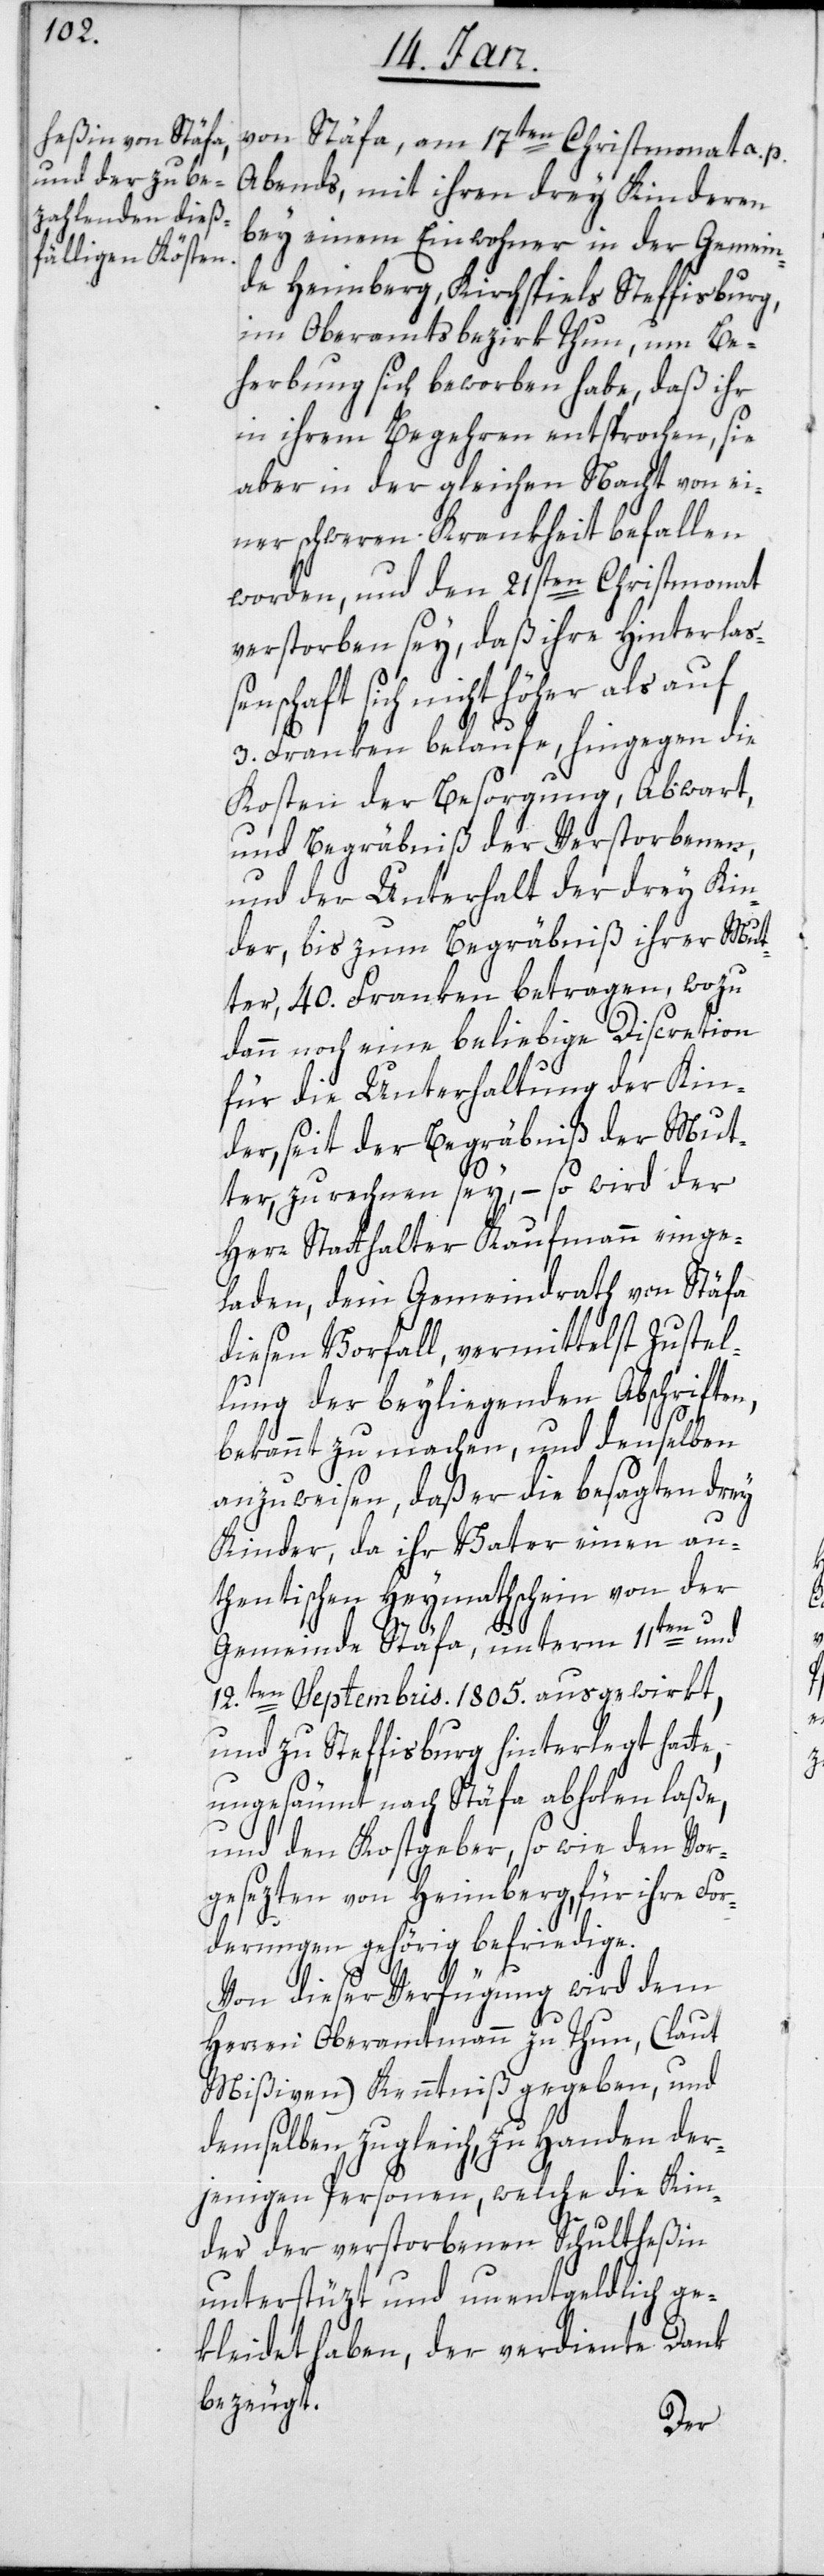
bung
von Stäfa, am 17ten Christmonat a. p.
Abends, mit ihren drey Kinderen
bey einem Einwohner in der Gemein¬
de Heimberg, Kirchspiels Steffisburg,
im Oberamtsbezirk Thun, um Be¬
in ihrem Begehren entsprochen, sie
aber in der gleichen Nacht von ei¬
ner schweren Krankheit befallen
worden, und den 21sten Christmonat
verstorben sey, daß ihre Hinterlaße¬
nschaft sich nicht höher als auf
3. Franken belaufe, hingegen die
Kosten der Besorgung, Abwart,
und Begräbniß der Verstorbenen,
und der Unterhalt der drey Kin¬
der, bis zum Begräbniß ihrer Mut¬
ter, 40. Franken betragen, wozu
dann noch eine beliebige Discretion
für die Unterhaltung der Kin¬
der, seit der Begräbniß der Mut¬
ter, zu rechnen sey, – so wird der
Herr Statthalter Kaufmann einge¬
laden, dem Gemeindrath von Stäfa
diesen Vorfall, vermittelst Zustel¬
lung der beyliegenden Abschriften,
bekannt zu machen, und denselben
anzuweisen, daß er die besagten drey
Kinder, da ihr Vater einen au¬
thentischen Heymathschein von der
Gemeinde Stäfa, unterm 11ten und
12.ten Septembris 1805. ausgewirkt,
und zu Steffisburg hinterlegt hatte,
ungesäumt nach Stäfa abholen laße,
und den Kostgeber, so wie den Vor¬
gesezten von Heimberg, für ihre For¬
derungen gehörig befriedige.
Von dieser Verfügung wird dem
Herren Oberamtmann zu Thun, (laut
Mißiven) Kenntniß gegeben, und
demselben zugleich zu Handen der¬
jenigen Personen, welche die Kin¬
der der verstorbenen Schultheßin
unterstüzt und unentgeldlich ge¬
kleidet haben, der verdiente Dank
bezeugt.
her¬